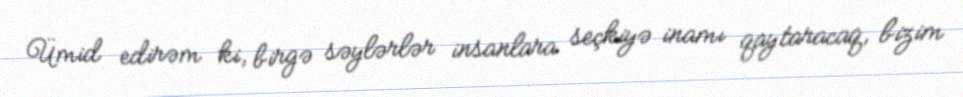
Ümid edirəm ki, birgə səylərlər insanlara seçkiyə inamı qaytaracaq, bizim